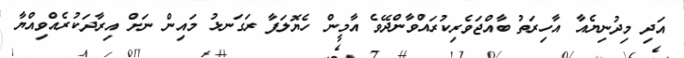
އަދި މިދުނިޔެއާ އާހިރަތު ބާއްޖަވެރިކުރައްވާންދޭވެ އާމީން ހެޔޮލަފާ ރަގަނޅު މައިން ނަށް އިރާދަކުރެއްވިއްޔާ